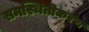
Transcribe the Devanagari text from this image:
समस्थितीकरण